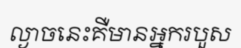
ល្ងាចនេះគឺមានអ្នករបួស